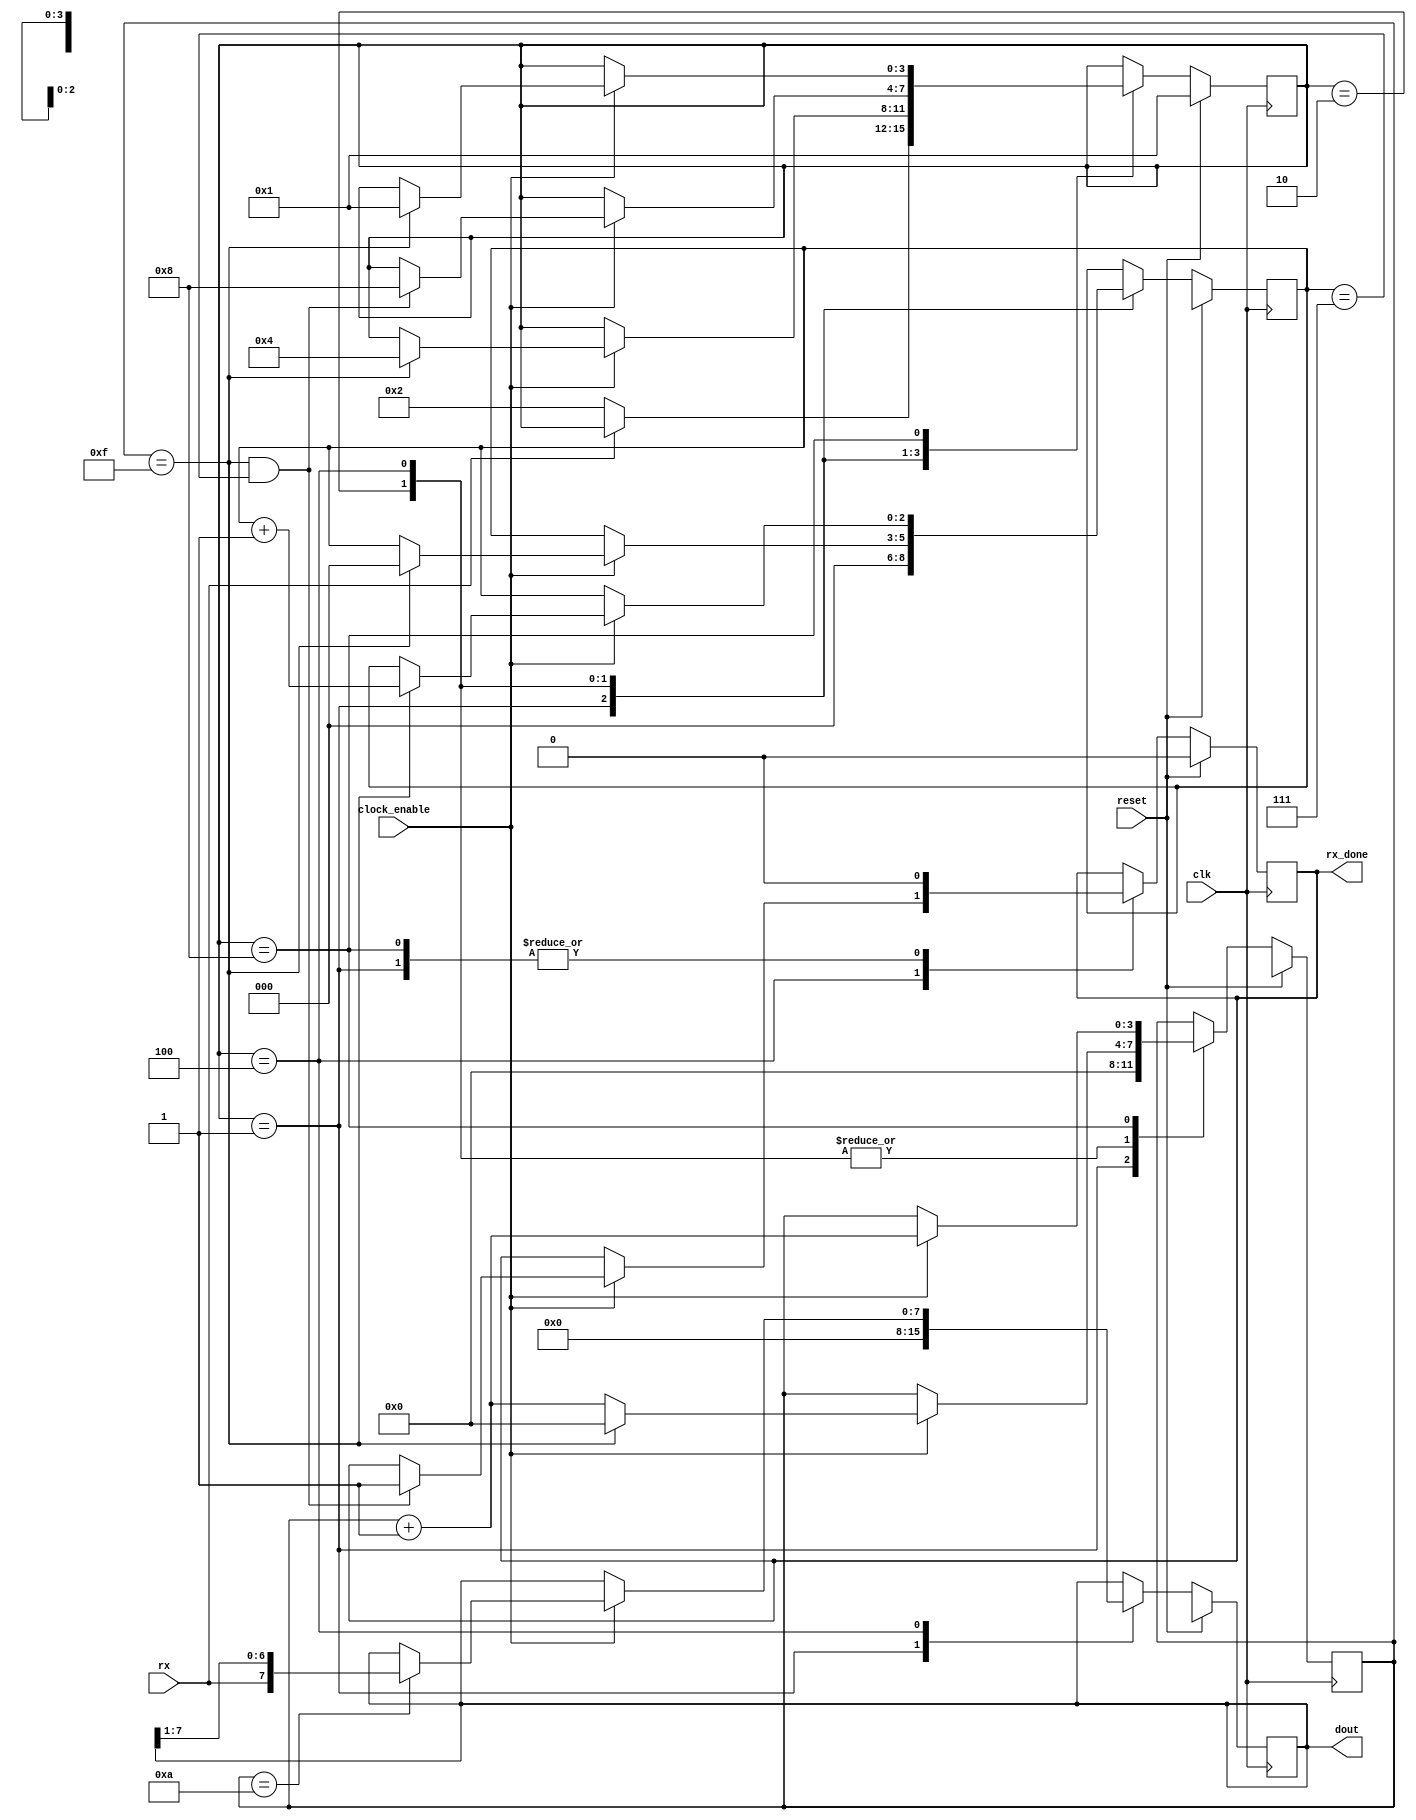
/*
	Reference: FPGA prototyping, Pong P. Chu, 2008
	Implemented by: Jacob Roth
*/

module uart_rx
	(
		input wire clk, reset,
		input wire rx, clock_enable,
		output reg rx_done,
		output [7:0] dout
	);
	
	// UART configuration.. This is custom and not full protocol and does not parity
	
	localparam
		DBIT = 8,		// #data size, 1 byte
		SB_TICK = 16;	// #ticks for a stop bit. This means the stop signal is 1 bit
		

		
	reg [3:0] s_reg = 8'b0;	// Sample counter register. Each bit is sampled 16 times.
	reg [2:0] n_reg = 8'b0;	// Bit counter register. There are 8bits in each transmission
	reg [7:0] b_reg = 8'b0;	// Bit data shift register. Holds the received data bits.
	assign dout = b_reg;

	// FSM
	localparam [3:0]
		IDLE	= 4'b0001,
		START	= 4'b0010,
		DATA	= 4'b0100,
		STOP	= 4'b1000;
	
	// State register for FSM
	reg [3:0] state = IDLE;

	always @(posedge clk)
	begin: FSM
		if (reset)
			begin
				state <= IDLE;
				s_reg <= 4'bXXXX;
				n_reg <= 3'bXXX;
				b_reg <= 8'bXXXX_XXXX;
				rx_done <=1'b0;
			end
		else begin
			case (state)
			
				IDLE:
					begin
						s_reg <= 4'b0000;
						n_reg <= 3'b000;
						rx_done <= 1'b0;
						b_reg <= 8'b0000_0000;
						if( ~rx )						// This is sampled a synchronously because the clocks between the sender/received are assumed to be out of sync.	
							state <= START;			// NSL
					end
				
				START:
					begin
						if ( clock_enable) 
						begin
							s_reg <= s_reg + 1'b1;
							
							if ( s_reg == 15 )		// There are 16 samples per bit. Start signal is one bit low.
								begin
									state	<= DATA;		// NSL
									s_reg	<= 0;
									n_reg	<= 0;
								end
						end
					end
				
				DATA:
					begin
						if ( clock_enable )
						begin
							s_reg <= s_reg + 1'b1;
							
							if (s_reg == 10)						// Sample at the 12th read. Must do this because we start get the start bit async.
								b_reg <= {rx, b_reg[7:1]};		// Shift register
							
							if (s_reg == 15 )
								begin
									s_reg <= 0;
									n_reg <= n_reg + 1'b1;
								end
							
							if ( s_reg == 15 && n_reg == (DBIT - 1 ))
								begin
									rx_done <= 1'b1;
									state <= STOP;			// NSL
								end
						end
					end
					
				STOP:
					begin
						rx_done <= 1'b0;
						if( clock_enable )
						begin
							s_reg <= s_reg + 1'b1;

							if( s_reg == (SB_TICK - 1 ))	// Copy the data bits to the output register and set the done flag.
								begin
									state <= IDLE;			// NSL
								end
						end
					end				
			endcase
		end
	end
endmodule